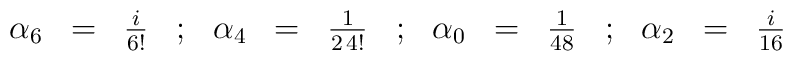
\begin{array}{rclcrclcrclcrcl}\alpha_6 & = & \frac{i}{6!} &;&\alpha_4 & = & \frac{1}{2 \, 4!} &;&\alpha_0 & = & \frac{1}{48} &;&\alpha_2 & = & \frac{i}{16}\end{array}